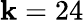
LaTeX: \mathbf{k}=24